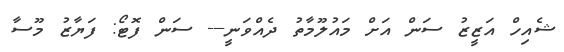
ޝެއިހް އަޒީޒު ސަން އަށް މައުލޫމާތު ދެއްވަނީ--- ސަން ފޮޓޯ: ފަޔާޒު މޫސާ